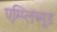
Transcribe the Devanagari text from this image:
एम्प्लिच्यूड